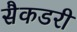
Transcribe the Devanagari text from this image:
सैकडरी